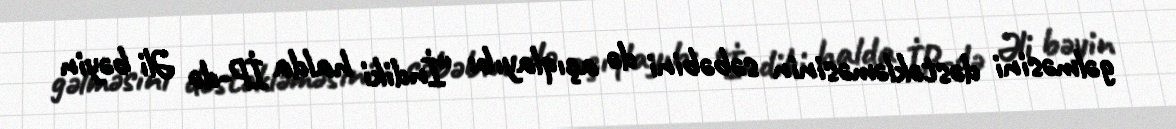
gəlməsini dəstəkləməsinin səbəbini də açıqlayıb: “İndiki halda İP-də Əli bəyin